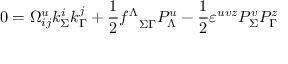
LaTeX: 0 = \Omega _ { i j } ^ { u } k _ { \Sigma } ^ { i } k _ { \Gamma } ^ { j } + { \frac { 1 } { 2 } } { f ^ { \Lambda } } _ { \Sigma \Gamma } { \cal P } _ { \Lambda } ^ { u } - { \frac { 1 } { 2 } } \varepsilon ^ { u v z } { \cal P } _ { \Sigma } ^ { v } { \cal P } _ { \Gamma } ^ { z }